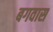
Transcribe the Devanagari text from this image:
बगवास